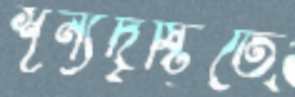
শূন্যদৃষ্টিতে